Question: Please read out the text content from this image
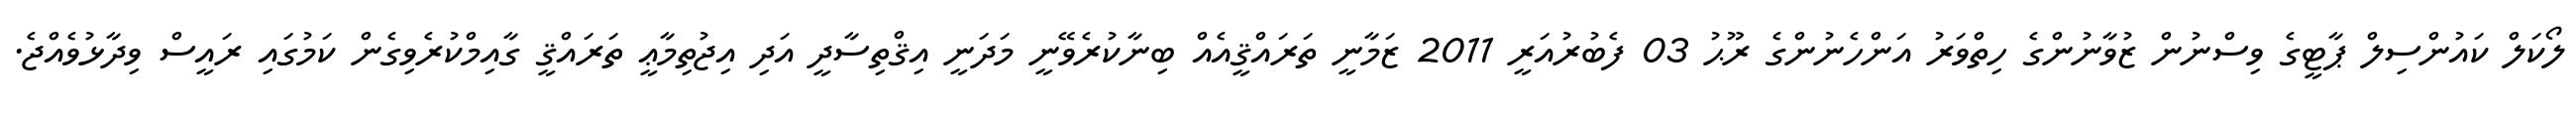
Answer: ލޯކަލް ކައުންސިލް ޕާޓީގެ ވިސްނުން ޒުވާނުންގެ ހިތްވަރު އަންހެނުންގެ ރޫޙު 03 ފެބުރުއަރީ 2011 ޒަމާނީ ތަރައްޤީއެއް ބިނާކުރެވޭނީ މަދަނީ އިޤްތިސާދީ އަދި އިޖުތިމާޢީ ތަރައްޤީ ގާއިމްކުރެވިގެން ކަމުގައި ރައީސް ވިދާޅުވެއްޖެ.